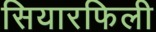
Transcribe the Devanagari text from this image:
सियारफिली